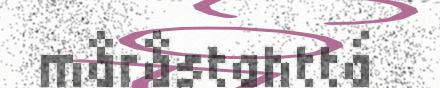
måråstahttá